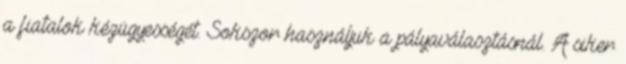
a fiatalok kézügyességét. Sokszor használjuk a pályaválasztásnál. A siker